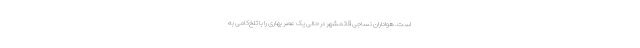
است. هواداران نساجی قائمشهر در حالی یک عصر بهاری را با تلخ‌کامی به